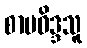
စာပဝိဒ္ဒသူ